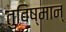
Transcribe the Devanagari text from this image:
तुविष्मान्